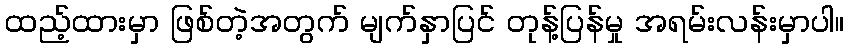
ထည့်ထားမှာ ဖြစ်တဲ့အတွက် မျက်နှာပြင် တုန့်ပြန်မှု အရမ်းလန်းမှာပါ။